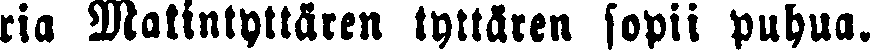
ria Matintyttären tyttären sopii puhua.